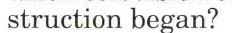
struction began?